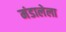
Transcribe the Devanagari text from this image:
मंडालेला